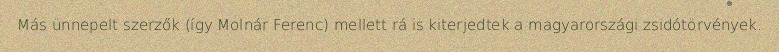
Más ünnepelt szerzők (így Molnár Ferenc) mellett rá is kiterjedtek a magyarországi zsidótörvények.